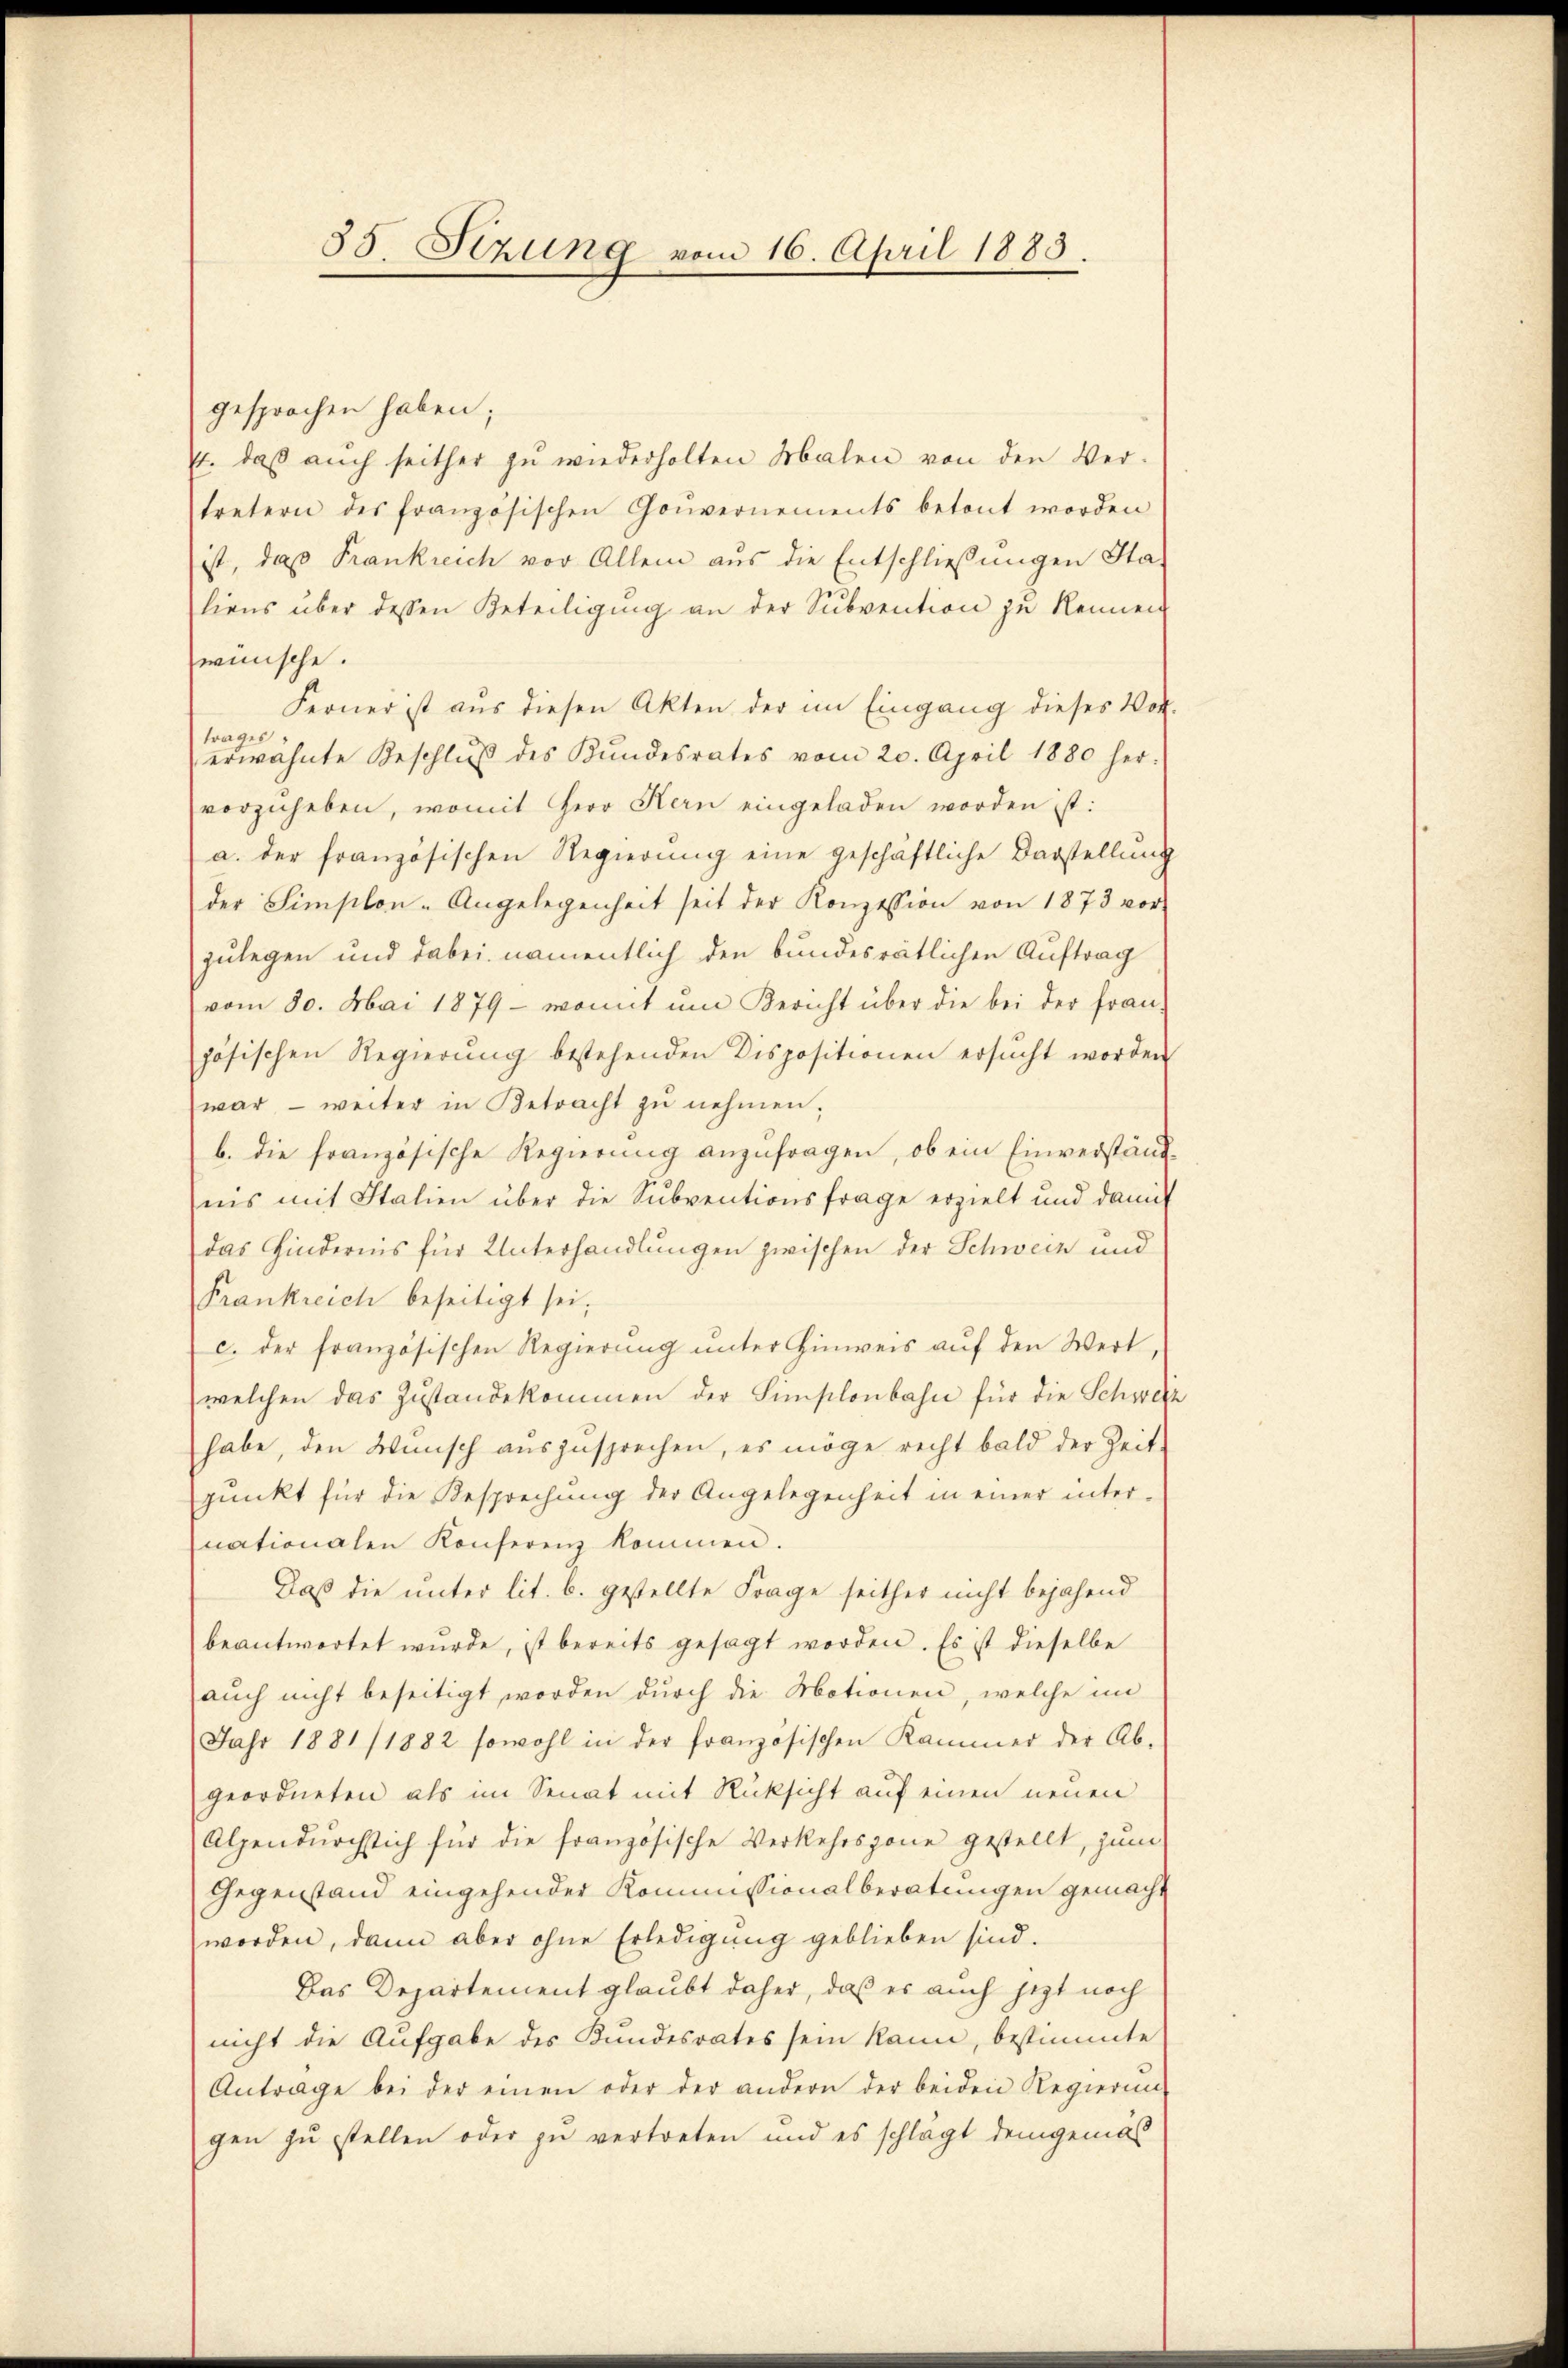
55. Sezung vom 16. April 1885.

gesprochen haben;
E. daβ aŭch seither zu wiederholten Malen von den Ver-
tretern des französischen Gouvernements betont worden
ist, daß Frankreich vor Allem aus die Entschliessungen Sta-
liens über dessen Beteiligung an der Subvention zu kennen
wünsche.
Ferner ist aus diesen Akten der im Eingang dieses Vor-
trages,
erwähnte Beschlŭβ des Kŭndesrates vom 20. April 1880 her-
vorzuheben, womit Herr Kern eingeladen worden ist:
a. der französischen Regierŭng eine geschäftliche Darstellung
der Simslon-Angelegenheit seit der Konzession von 1873 vor
zulegen und dabei namentlich den bundesrätlichen Auftrag
vom 30. Mai 1879 - womit um Bericht über die bei der fran-
zösischen Regierŭng bestehenden Dispositionen ersŭcht worden
war - weiter in Betracht zŭ nehmen.
b. die französische Regierung anzufragen, ob ein Einverständnis mit Italien über die Subventionsfrage erzielt und damit
das Hindernis für Unterhandlungen zwischen der Schweiz und
Frankreich beseitigt sei.
c. der französischen Regierung unter Hinweis auf den Wert
welchen das Zustandekommen der Simplonbahn für die Schweiz
habe, den Wünsch auszusprechen, es möge recht bald der Zeit-
pŭnkt für die Besprechŭng der Angelegenheit in einer inter-
nationalen Konferenz kommen.
Daß die unter lit. b. gestellte Frage seither nicht bejahend
beantwortet wurde, ist bereits gesagt worden. Es ist dieselbe
auch nicht beseitigt worden durch die Motionen, welche im
Jahr 1881/1882 sowohl in der französischen Kammer der Ab-
geordneten als im Senat mit Rücksicht auf einen neuen
Alpendŭrchstich für die französische Verkehrsgone gestellt, zum
Gegenstand eingehender Kommissionalberatungen gemacht
worden, dann aber ohne Erledigung geblieben sind.
Das Departement glaubt daher, daß er auch jetzt noch
nicht die Aufgabe des Kundesrates sein kann, bestimmte
Antrage bei der einen oder der andern der beiden Regierun
gen zu stellen oder zu vertreten und es schlägt demgemäs